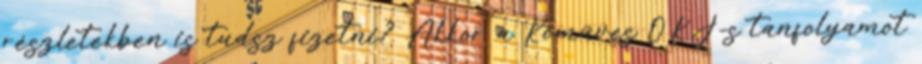
részletekben is tudsz fizetni? Akkor a Kőműves OKJ-s tanfolyamot